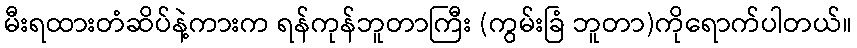
မီးရထားတံဆိပ်နဲ့ကားက ရန်ကုန်ဘူတာကြီး (ကွမ်းခြံ ဘူတာ)ကိုရောက်ပါတယ်။